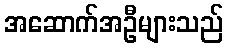
အဆောက်အဦများသည်